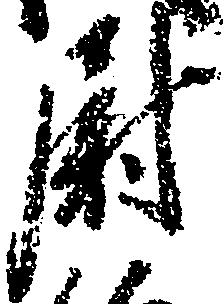
尉